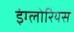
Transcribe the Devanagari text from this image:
इंग्लोरियस